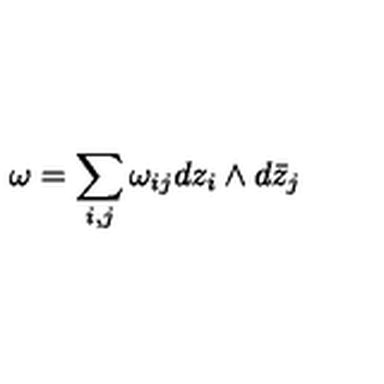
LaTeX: \omega = \sum _ { i , j } \omega _ { i j } d z _ { i } \wedge d \bar { z } _ { j }